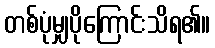
တစ်ပုံမျှပိုကြောင်းသိရ၏။